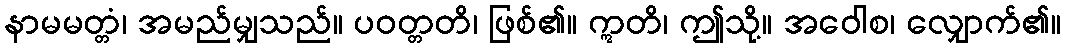
နာမမတ္တံ၊ အမည်မျှသည်။ ပဝတ္တတိ၊ ဖြစ်၏။ ဣတိ၊ ဤသို့။ အဝေါစ၊ လျှောက်၏။